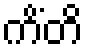
ကိံတိ